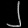
Digit: ၂